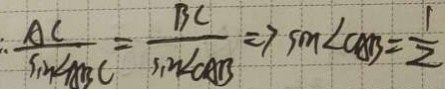
\frac { A C } { \sin \angle A B C } = \frac { B C } { \sin \angle C A B } \Rightarrow 7 \sin \angle C A B = \frac { 1 } { 2 }